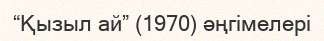
“Қызыл ай” (1970) әңгімелері